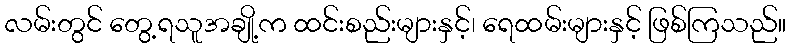
လမ်းတွင် တွေ့ရသူအချို့က ထင်းစည်းများနှင့်၊ ရေထမ်းများနှင့် ဖြစ်ကြသည်။